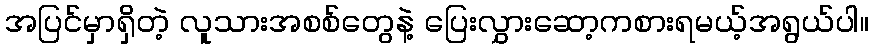
အပြင်မှာရှိတဲ့ လူသားအစစ်တွေနဲ့ ပြေးလွှားဆော့ကစားရမယ့်အရွယ်ပါ။